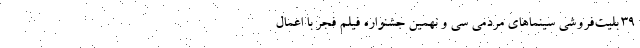
۳۹ بلیت‌فروشی سینماهای مردمی سی‌ و نهمین جشنواره فیلم فجر با اعمال